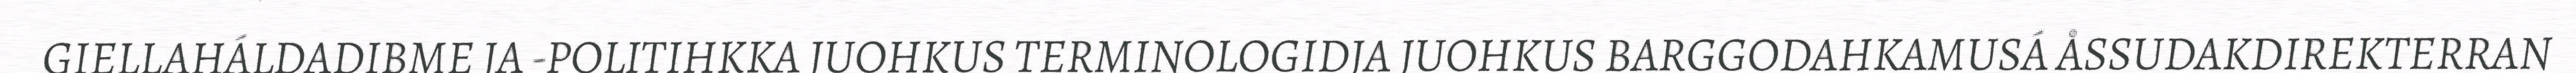
GIELLAHÁLDADIBME JA -POLITIHKKA JUOHKUS TERMINOLOGIDJA JUOHKUS BARGGODAHKAMUSÁ ÅSSUDAKDIREKTERRAN